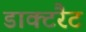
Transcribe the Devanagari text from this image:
डाक्टरैट